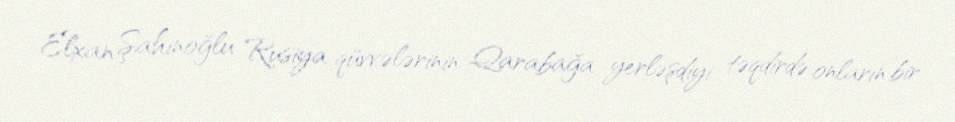
Elxan Şahinoğlu Rusiya qüvvələrinin Qarabağa yerləşdiyi təqdirdə onların bir